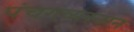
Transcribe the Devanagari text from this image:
पंचगव्यस्नान